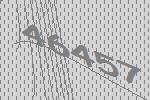
46457